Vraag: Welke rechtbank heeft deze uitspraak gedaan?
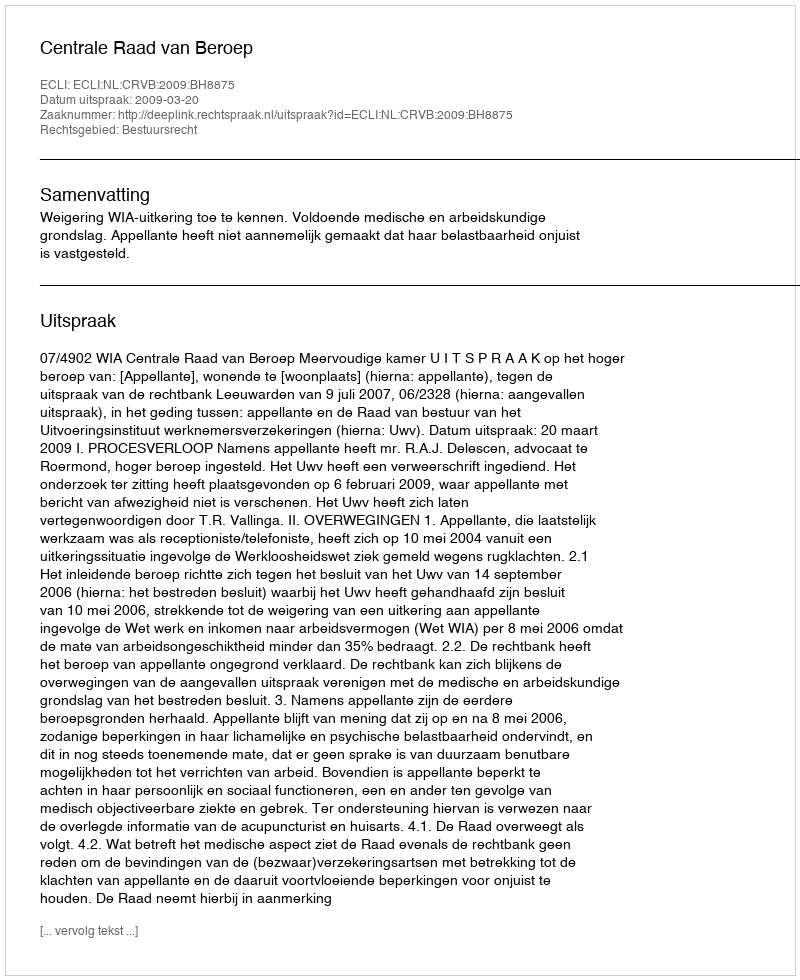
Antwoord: Centrale Raad van Beroep